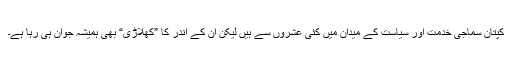
کپتان سماجی خدمت اور سیاست کے میدان میں کئی عشروں سے ہیں لیکن ان کے اندر کا ”کھلاڑی“ بھی ہمیشہ جوان ہی رہا ہے۔